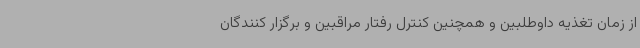
از زمان تغذیه داوطلبین و همچنین کنترل رفتار مراقبین و برگزار کنندگان